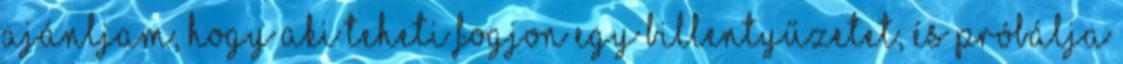
ajánljam, hogy aki teheti fogjon egy billentyűzetet, és próbálja